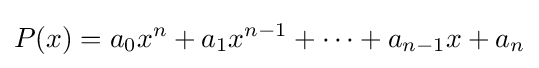
P(x)=a_{0}x^{n}+a_{1}x^{n-1}+\cdots +a_{n-1}x+a_{n}